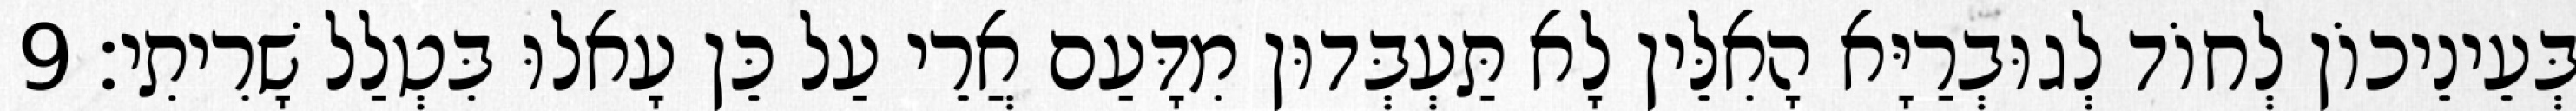
בְּעֵינֵיכוֹן לְחוֹד לְגוּבְרַיָּא הָאִלֵּין לָא תַּעְבְּדוּן מִדָּעַם אֲרֵי עַל כֵּן עָאלוּ בִּטְלַל שָׁרִיתִי׃ 9